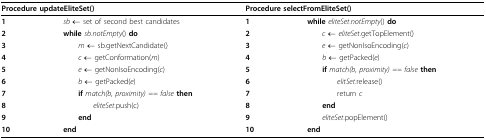
<table><thead><tr><td colspan="2"><b>Procedure updateEliteSet()</b></td><td colspan="2"><b>Procedure selectFromEliteSet()</b></td></tr></thead><tbody><tr><td><b>1</b></td><td><i>sb </i>← set of second best candidates</td><td><b>1</b></td><td><b>while </b><i>eliteSet.notEmpty</i>() <b>do</b></td></tr><tr><td><b>2</b></td><td><b>while </b><i>sb.notEmpty</i>() <b>do</b></td><td><b>2</b></td><td> <i>c </i>← <i>eliteSet</i>.getTopElement()</td></tr><tr><td><b>3</b></td><td> <i>m </i>← sb.getNextCandidate()</td><td><b>3</b></td><td> <i>e </i>← getNonIsoEncoding(<i>c</i>)</td></tr><tr><td><b>4</b></td><td> <i>c </i>← getConformation(<i>m</i>)</td><td><b>4</b></td><td> <i>b </i>← getPacked(<i>e</i>)</td></tr><tr><td><b>5</b></td><td> <i>e </i>← getNonIsoEncoding(<i>c</i>)</td><td><b>5</b></td><td> <b>if </b><i>match(b, proximity) == false </i><b>then</b></td></tr><tr><td><b>6</b></td><td> <i>b </i>← getPacked(<i>e</i>)</td><td><b>6</b></td><td><i>elitSet</i>.release()</td></tr><tr><td><b>7</b></td><td> <b>if </b><i>match(b, proximity) == false </i><b>then</b></td><td><b>7</b></td><td>return <i>c</i></td></tr><tr><td><b>8</b></td><td><i>eliteSet</i>.push(c)</td><td><b>8</b></td><td> <b>end</b></td></tr><tr><td><b>9</b></td><td> <b>end</b></td><td><b>9</b></td><td> <i>eliteSet</i>.popElement()</td></tr><tr><td><b>10</b></td><td><b>end</b></td><td><b>10</b></td><td><b>end</b></td></tr></tbody></table>